Vaccination United Provinces of Agra and Oudh 1923-1928 - 1923-1928
Year: 1923
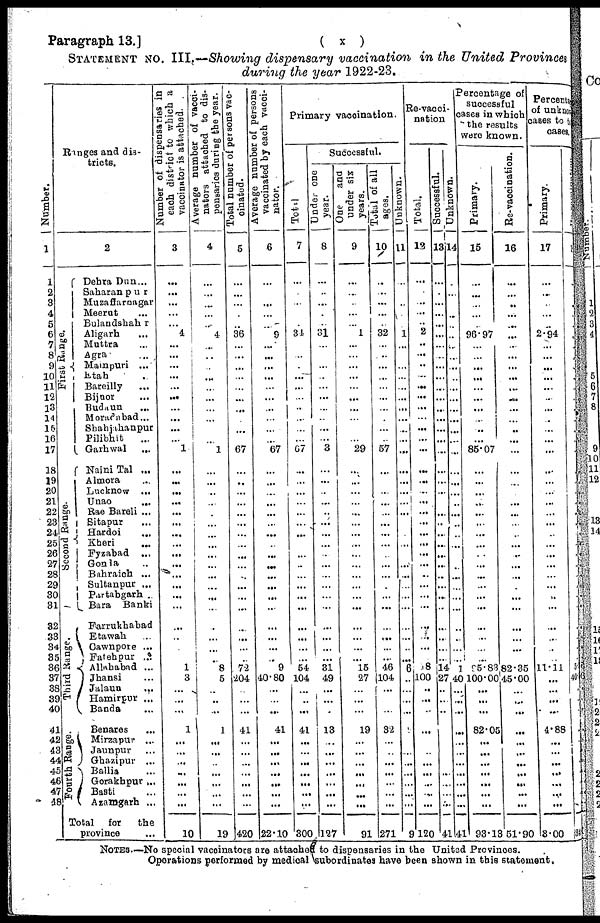
Paragraph 13.]
( x )
STATEMENT NO. III.—Showing dispensary vaccination in the United Provinces
during the year 1922-23.
Number.
1
1
2
3
4
5
6
7
8
9
10
11
12
13
14
15
16
17
18
19
20
21
22
23
24
25
26
27
28
29
30
31
32
33
34
35
36
37
38
39
40
41
42
43
44
45
46
47
48
Ranges and dis-
tricts.
2
First Range.
Second Range.
Third Range.
Fourth Range.
Dehra Dun ...
Saharanpur
Muzaffarnagar
Meerut ...
Bulandshahr
Aligarh ...
Muttra ...
Agra ...
Mainpuri ...
Etah ...
Bareilly ...
Bijnor ...
Budaun ...
Moradabad ...
Shahjahanpur
Pilibhit
...
Garhwal
...
Naini Tal ...
Almora ...
Lucknow ...
Unao
...
Rae Bareli ...
Sitapur ...
Hardoi
...
Kheri ...
Fyzabad ...
Gonda ...
Bahraich ...
Sultanpur ...
Partabgarh ...
Bara Banki ...
Farrukhabad
Etawah ...
Cawnpore ...
Fatehpur ...
Allahabad ...
Jhansi ...
Jalaun
...
Hamirpur ...
Banda ...
Benares ...
Mirzapur ...
Jaunpur ...
Ghazipur ...
Ballia ...
Gorakhpur ...
Basti ...
Azamgarh ...
Total for
the
province ...
Number of dispensaries in
each district to which a
vaccinator is attached.
3
...
...
...
...
...
4
...
...
...
...
...
...
...
...
...
... 1
...
...
...
...
...
...
...
...
...
...
...
...
...
...
...
...
...
...
1
3
...
...
...
1
...
...
...
...
...
...
...
10
Average number of vacci¬
nators attached to dis¬
pensaries during the year.
4
...
...
...
...
...
4
...
...
...
... ...
...
...
...
...
...
1
...
...
...
...
...
...
...
...
...
...
...
...
...
...
...
...
...
...
8
5
... ...
...
1
...
...
...
...
...
...
...
19
Total number of persons vac¬
cinated.
5
...
...
...
...
...
36
...
...
...
...
...
...
...
...
...
...
67
...
...
...
...
...
...
...
...
...
...
...
...
...
...
...
...
...
...
72
204
... ...
...
41
...
...
...
...
...
...
...
420
Average number of persons
vaccinated by each vacci¬
nator.
6
...
...
...
...
...
9
...
...
...
...
...
...
...
...
...
...
67
...
...
...
...
...
...
...
...
...
...
...
...
...
...
...
...
...
...
9
40.80
... ...
...
41
...
...
...
...
...
...
...
22.10
Primary vaccination.
Total.
7
...
...
...
...
...
34
...
...
...
...
...
...
...
...
...
...
67
...
...
...
...
...
...
...
...
...
...
...
...
...
...
...
...
...
...
54
104
... ...
...
41
...
...
...
...
...
...
...
300
Successful.
Under one
year.
8
...
...
...
...
...
31
...
...
...
...
...
...
...
...
...
...
3
...
...
...
...
...
...
...
...
...
...
...
...
...
...
...
...
...
...
31
49
... ...
...
13
...
...
...
...
...
...
...
127
One
and
under six
years.
9
...
...
...
...
...
1
...
...
...
...
...
...
...
...
...
...
29
...
...
...
...
...
...
...
...
...
...
...
...
...
...
...
...
...
...
15
27
... ...
...
19
...
...
...
... ...
... ...
91
Total of all
ages.
10
...
...
...
...
...
32
...
...
...
...
...
...
...
...
...
...
57
...
...
...
...
...
...
...
...
...
...
...
...
...
...
...
...
...
...
46
104
... ...
...
32
...
...
...
...
...
...
...
271
Unknown.
11
...
...
...
...
...
1
...
...
...
...
...
...
...
...
...
...
...
...
...
...
...
...
...
...
...
...
...
...
...
...
...
...
...
...
...
6
...
... ...
...
9
...
...
....
...
...
...
...
9
Re-vacci-
nation
Total.
12
...
...
...
...
...
2
...
...
...
...
...
...
...
...
...
...
...
...
...
...
...
...
...
...
...
...
...
...
...
...
...
...
...
...
...
18
100
... ...
...
...
...
...
...
...
...
...
...
120
Successful.
13
...
...
...
...
...
...
...
...
...
...
...
...
...
...
...
...
...
...
...
...
...
...
...
...
...
...
...
...
...
...
...
...
...
...
...
14
27
... ...
...
...
...
...
...
...
...
...
...
41
Unknown.
14
...
...
...
...
...
...
...
...
...
...
...
...
...
...
...
...
...
...
...
...
...
..
...
...
...
...
...
...
...
...
...
...
...
..
...
1
40
... ...
...
...
...
...
...
...
...
...
...
41
Percentage of
successful
cases in which
the results
were known.
Primary.
15
...
...
...
...
...
96.97
... ...
...
...
...
...
...
...
...
...
85.07
...
...
...
...
...
...
...
...
...
...
...
...
...
...
...
...
...
...
95.83
100.00
... ...
...
82.05
... ...
...
...
...
...
...
93.13
Re-vaccination.
16
...
...
...
...
...
...
...
...
...
...
...
...
...
...
...
...
...
...
...
...
...
...
...
...
...
...
...
...
...
...
...
...
...
...
82.35
45.00
... ...
...
...
...
...
...
...
...
...
...
51.90
Percentage
of unknown
cases to total
cases.
Primary.
17
...
...
...
...
...
2.94
... ...
...
...
...
...
...
...
..
...
...
...
...
...
...
...
...
...
...
...
...
...
...
...
...
...
...
...
...
11.11
...
... ...
...
4.88
... ...
...
...
...
... ...
3.00
Re-vaccination.
18
...
...
...
...
...
...
...
...
...
...
...
...
...
...
...
...
...
...
...
...
...
...
...
...
...
...
...
...
...
...
...
...
...
...
...
5
40
... ...
...
...
... ...
...
...
...
...
...
34
NOTES.—No special vaccinators are attached to dispensaries in the United Provinces.
Operations performed by medical subordinates have been shown in this statement.